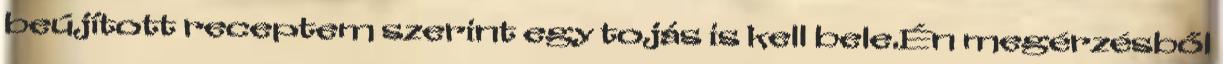
beújított receptem szerint egy tojás is kell bele.Én megérzésből